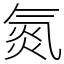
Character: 氮